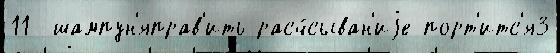
11- шампун'яправ'ить расч́сыван'иjе порт'итс'я3